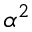
\alpha ^ { 2 }